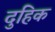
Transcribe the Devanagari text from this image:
दुहिक